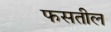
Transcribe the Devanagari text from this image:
फसतील